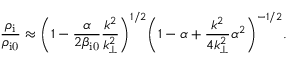
\frac { \rho _ { \mathrm { i } } } { \rho _ { \mathrm { i 0 } } } \approx \biggl ( 1 - \frac { \alpha } { 2 \beta _ { \mathrm { i 0 } } } \frac { k ^ { 2 } } { k _ { \perp } ^ { 2 } } \biggr ) ^ { 1 / 2 } \biggl ( 1 - \alpha + \frac { k ^ { 2 } } { 4 k _ { \perp } ^ { 2 } } \alpha ^ { 2 } \biggr ) ^ { - 1 / 2 } .